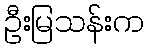
ဦးမြသန်းက